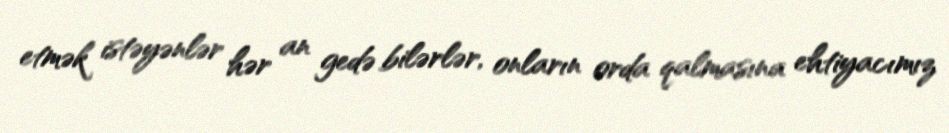
etmək istəyənlər hər an gedə bilərlər, onların orda qalmasına ehtiyacımız